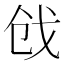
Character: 戗